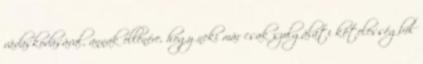
vádaskodásával, annak ellenére, hogy neki már csak szolgálati kötelességbõl